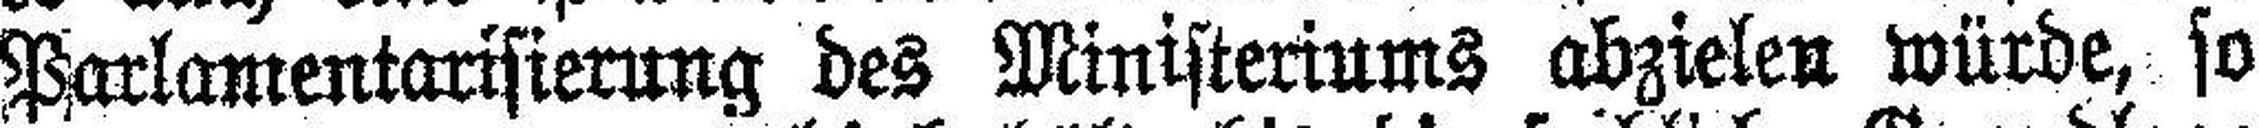
Parlamentarisierung des Ministeriums abzielen würde, so